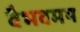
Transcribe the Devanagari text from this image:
वैभवमय